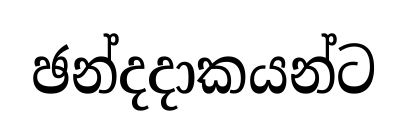
ඡන්දදාකයන්ට